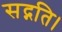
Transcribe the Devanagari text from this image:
सद्गति।